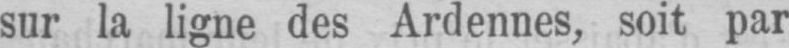
sur la ligne des Ardennes, soit par